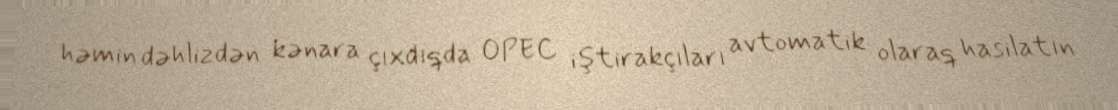
həmin dəhlizdən kənara çıxdıqda OPEC iştirakçıları avtomatik olaraq hasilatın